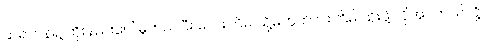
ဆရာဝန်ရဲ့ ထိုးနည်းပေါ် မူတည်ပြီး လေးကြိမ် သို့မဟုတ် ငါးကြိမ် ထိုးဖို့ လိုအပ်တယ်လို့